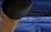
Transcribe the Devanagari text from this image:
मम्मटाने